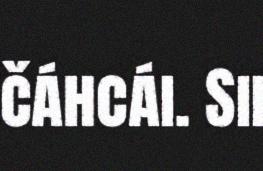
čáhcái. Sii